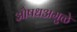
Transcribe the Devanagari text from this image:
औषधअमुळे